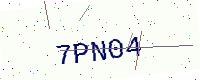
Text: 7PN04